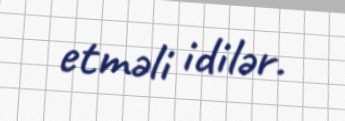
etməli idilər.